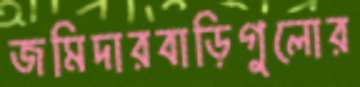
জমিদারবাড়িগুলোর